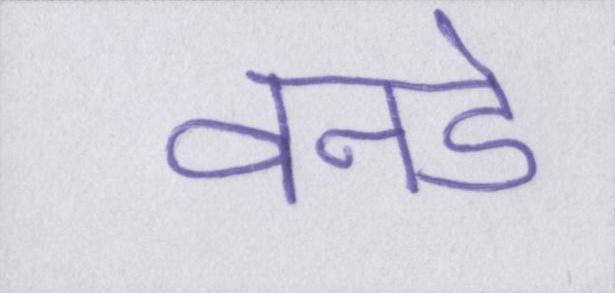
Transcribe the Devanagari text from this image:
वनडे